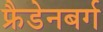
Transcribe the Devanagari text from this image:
फ्रैडेनबर्ग